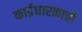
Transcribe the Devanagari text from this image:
कार्डधारकाची